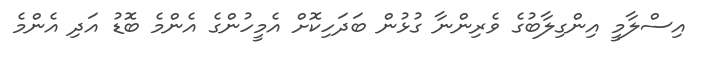
އިސްލާމީ އިންގިލާބުގެ ވެރިންނާ ގުޅުން ބަދަހިކޮށް އެމީހުންގެ އެންމެ ބޮޑު އަދި އެންމެ